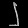
Digit: ၂